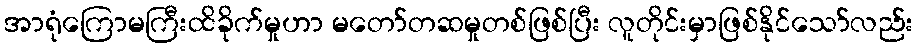
အာရုံကြောမကြီးထိခိုက်မှုဟာ မတော်တဆမှုတစ်ဖြစ်ပြီး လူတိုင်းမှာဖြစ်နိုင်သော်လည်း